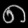
Digit: ၈